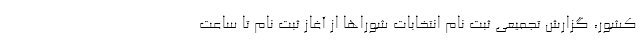
کشور، گزارش تجمیعی ثبت نام انتخابات شوراها از آغاز ثبت نام تا ساعت